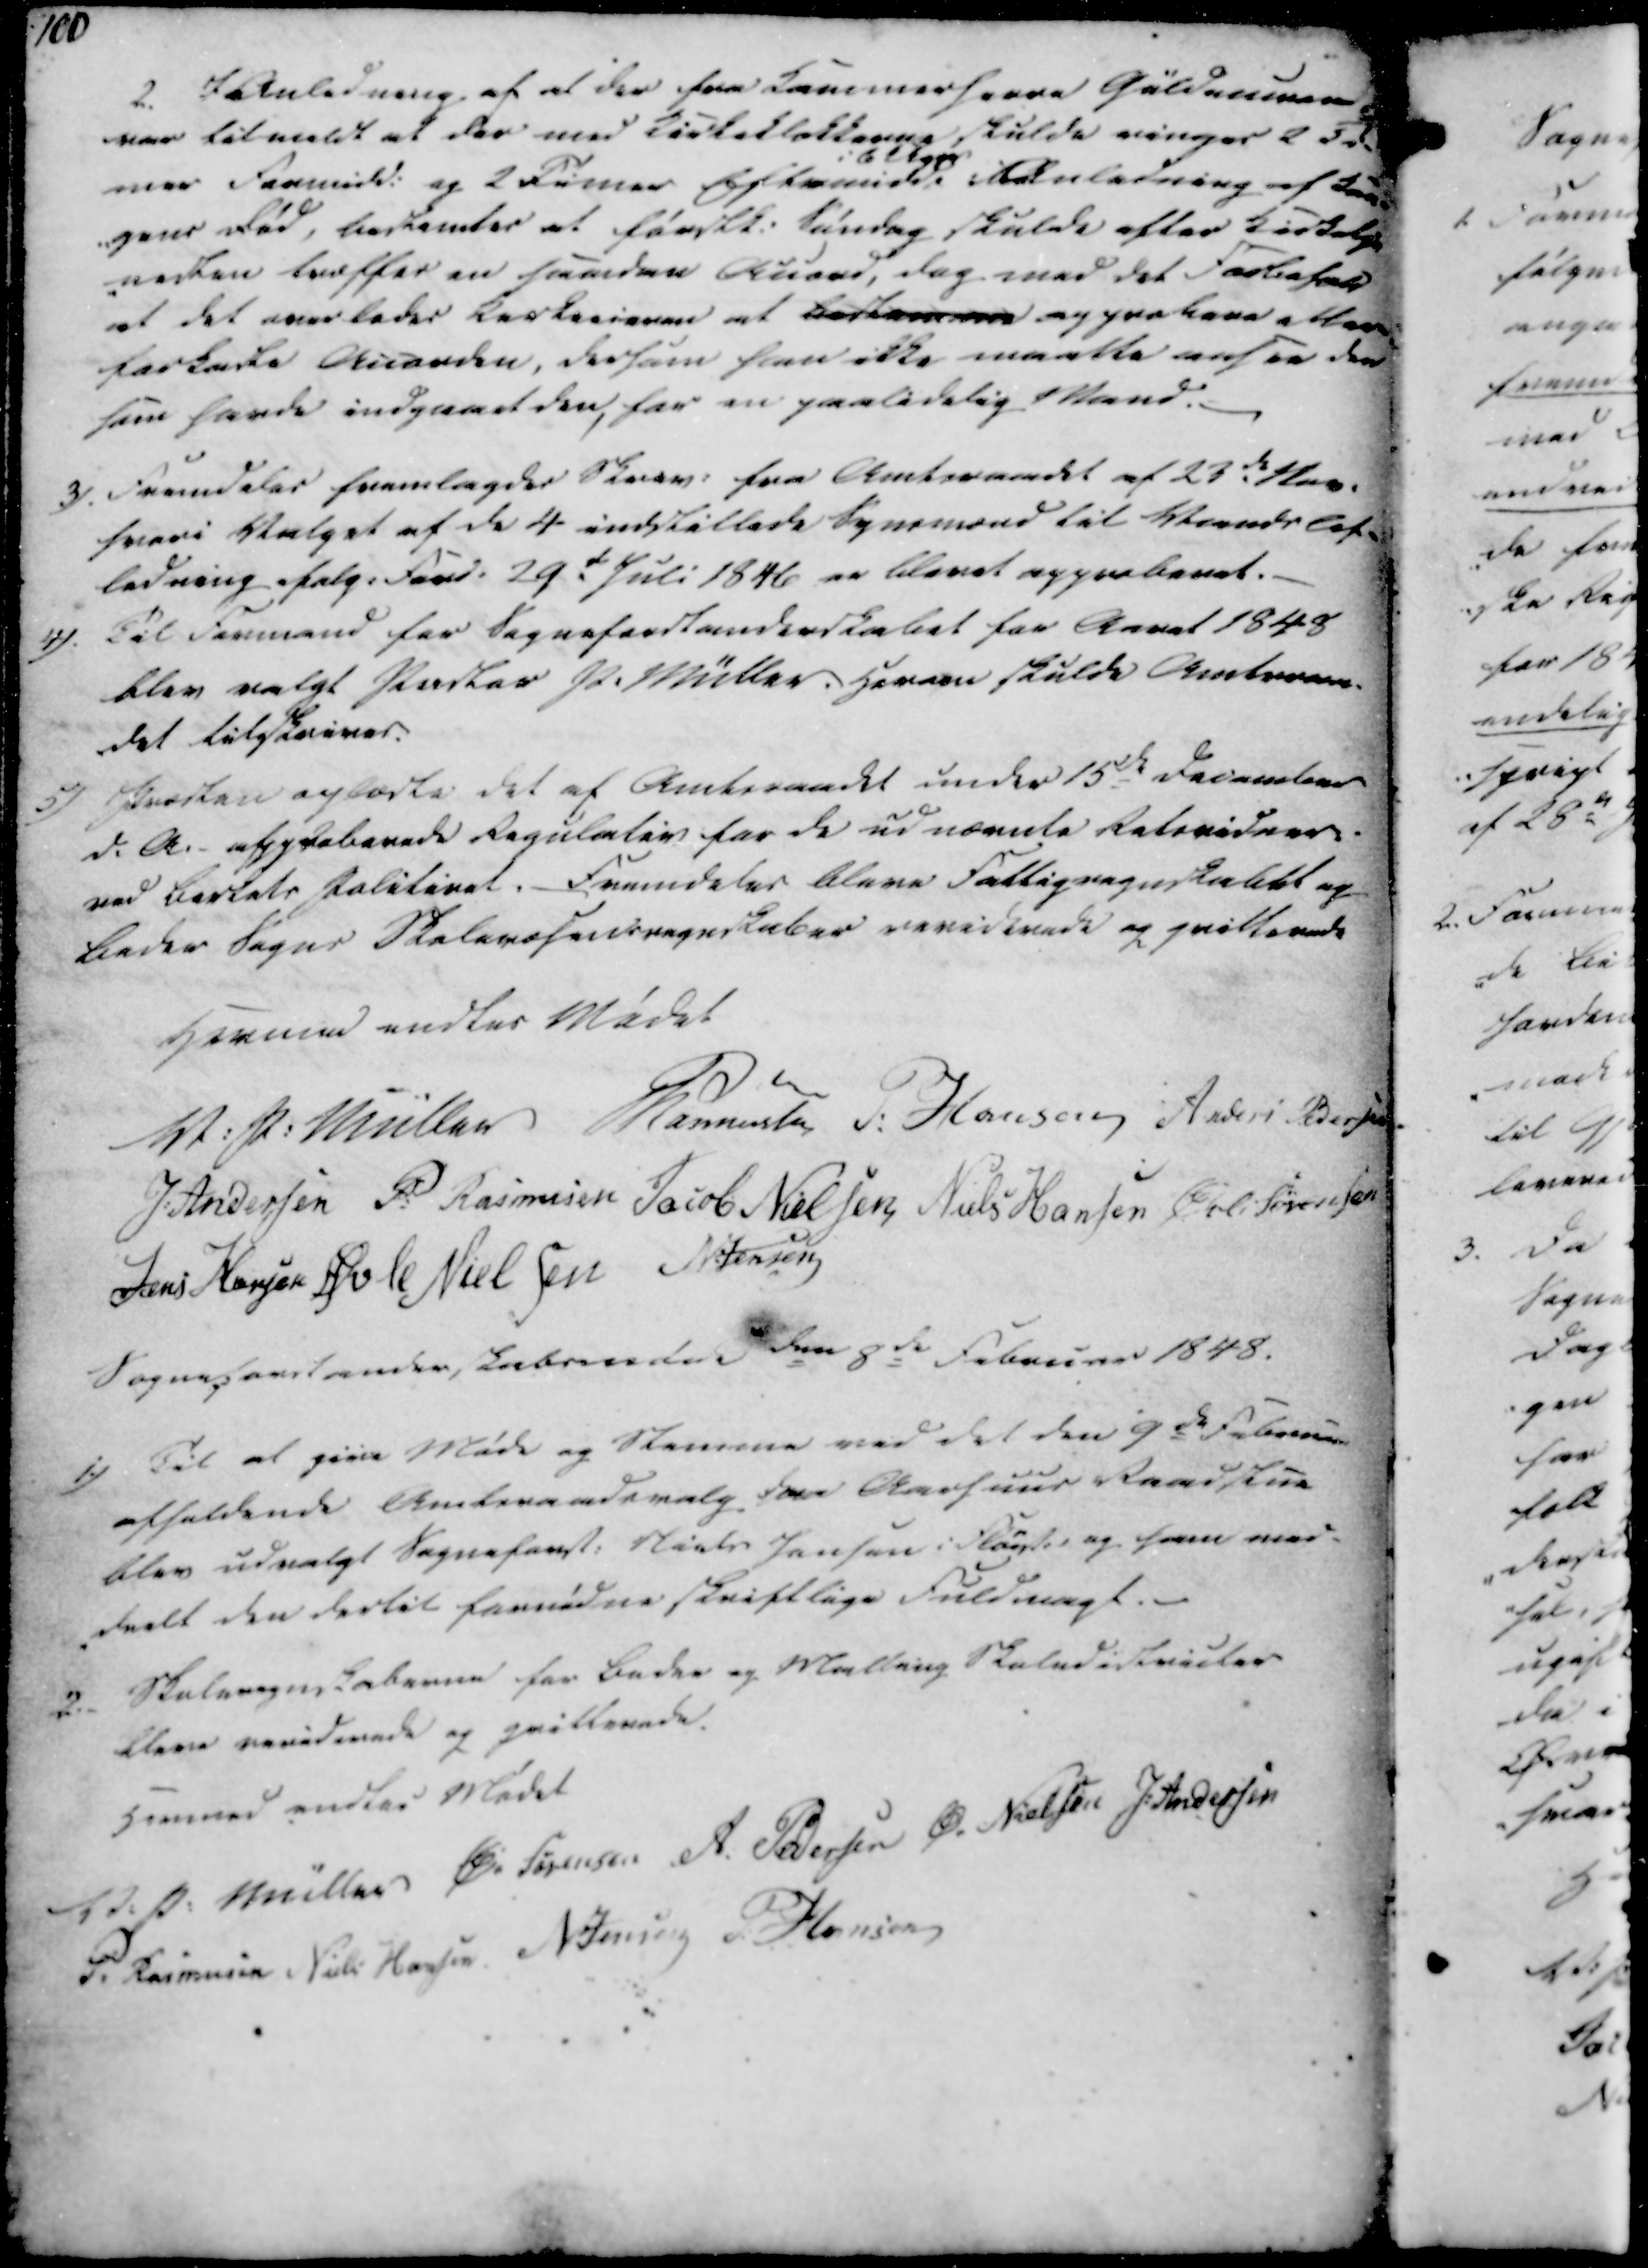
Transskription:
100

2. I Anledning af at der fra Kammerherre Güldencronemmer
var tilmeldt at der med Kirkeklokkerne skulde ninger 2 Ti-
mer Formidd. og 2 Timer Eftermidd.
i 6 Uger
I anledning af kon-
-gens Død, bestemtes at førstk. Søndag skulde efter Kirketje
-nesten træffes en saadan Anord, dog med det Forbehold
at det overlades Kirkeeieren at bestemme approbere eller
forkaste Anorden, dersom han ikke maatte ansee den
som havde indgaaet den, for en paalidelig Mand.

3). Fremdeles fremlagdes Skriv. fra Amtsraadet af 23de Nov.
hvori Valget af de 4 indstillede Synsmænd til Vands Af-
ledning ifølg. Ford. 29de Juli 1846 er blevet approberet.
4). Til Formand for Sogneforstanderskabet for Aaret 1848
blev valgt Pastor P. Müller. Herren skulde Amtsraa-
det tilskrives.
5) Præsten oplæste det af Amtsraadet under 15de December
d.A. - approberede Regulativ for de udnævnte Retsvidner.
ved Bertels Politiret. Fremdeles bleve Fattigregnskabet og
Beder Sogns Skolevæsensregnskaber reviderede og qvitterede

Hermed endtes Mødet 
V. P. Müller
Rasmussen
P. Hansen
Anders Pedersen
J. Andersen
P. Rasmusen
Jacob Nielsen
Niels Hansen
Øvli Sørensen
Jens Hansen
Øvle Nielsen
N. Jensen
Sogneforstanderskabsmøde den 9de Februar 1848.

1.) Til at give Møde og Stemme ved det den 9de Februar
afholdende Amtsraadsvalg for Aarhuus Raadstue
blev udvalgt Sogneforst. Niels Jensen i Fløist. og han med-
deelt den dertil fornødne skriftlige Fuldmagt.
2. Skoleregnskaberne for Beder og Malling Skoledistricter
bleve reviderede og qvitterede.
Hermed endtes Mødet

V. P. Müller
Ø. Sørensen
A. Pedersen
Ø. Nielsen
J. Andersen
P. Rasmusen
Niels Hansen
N. Jensen
P. Hansen